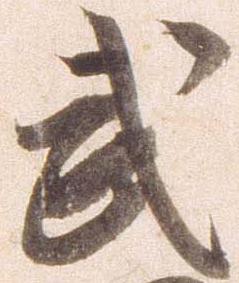
武